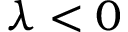
\lambda < 0